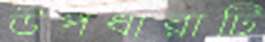
উপধারাটি